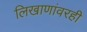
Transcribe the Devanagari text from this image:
लिखाणांवरही